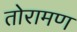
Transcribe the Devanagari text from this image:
तोरामण